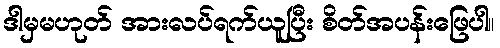
ဒါမှမဟုတ် အားလပ်ရက်ယူပြီး စိတ်အပန်းဖြေပါ။